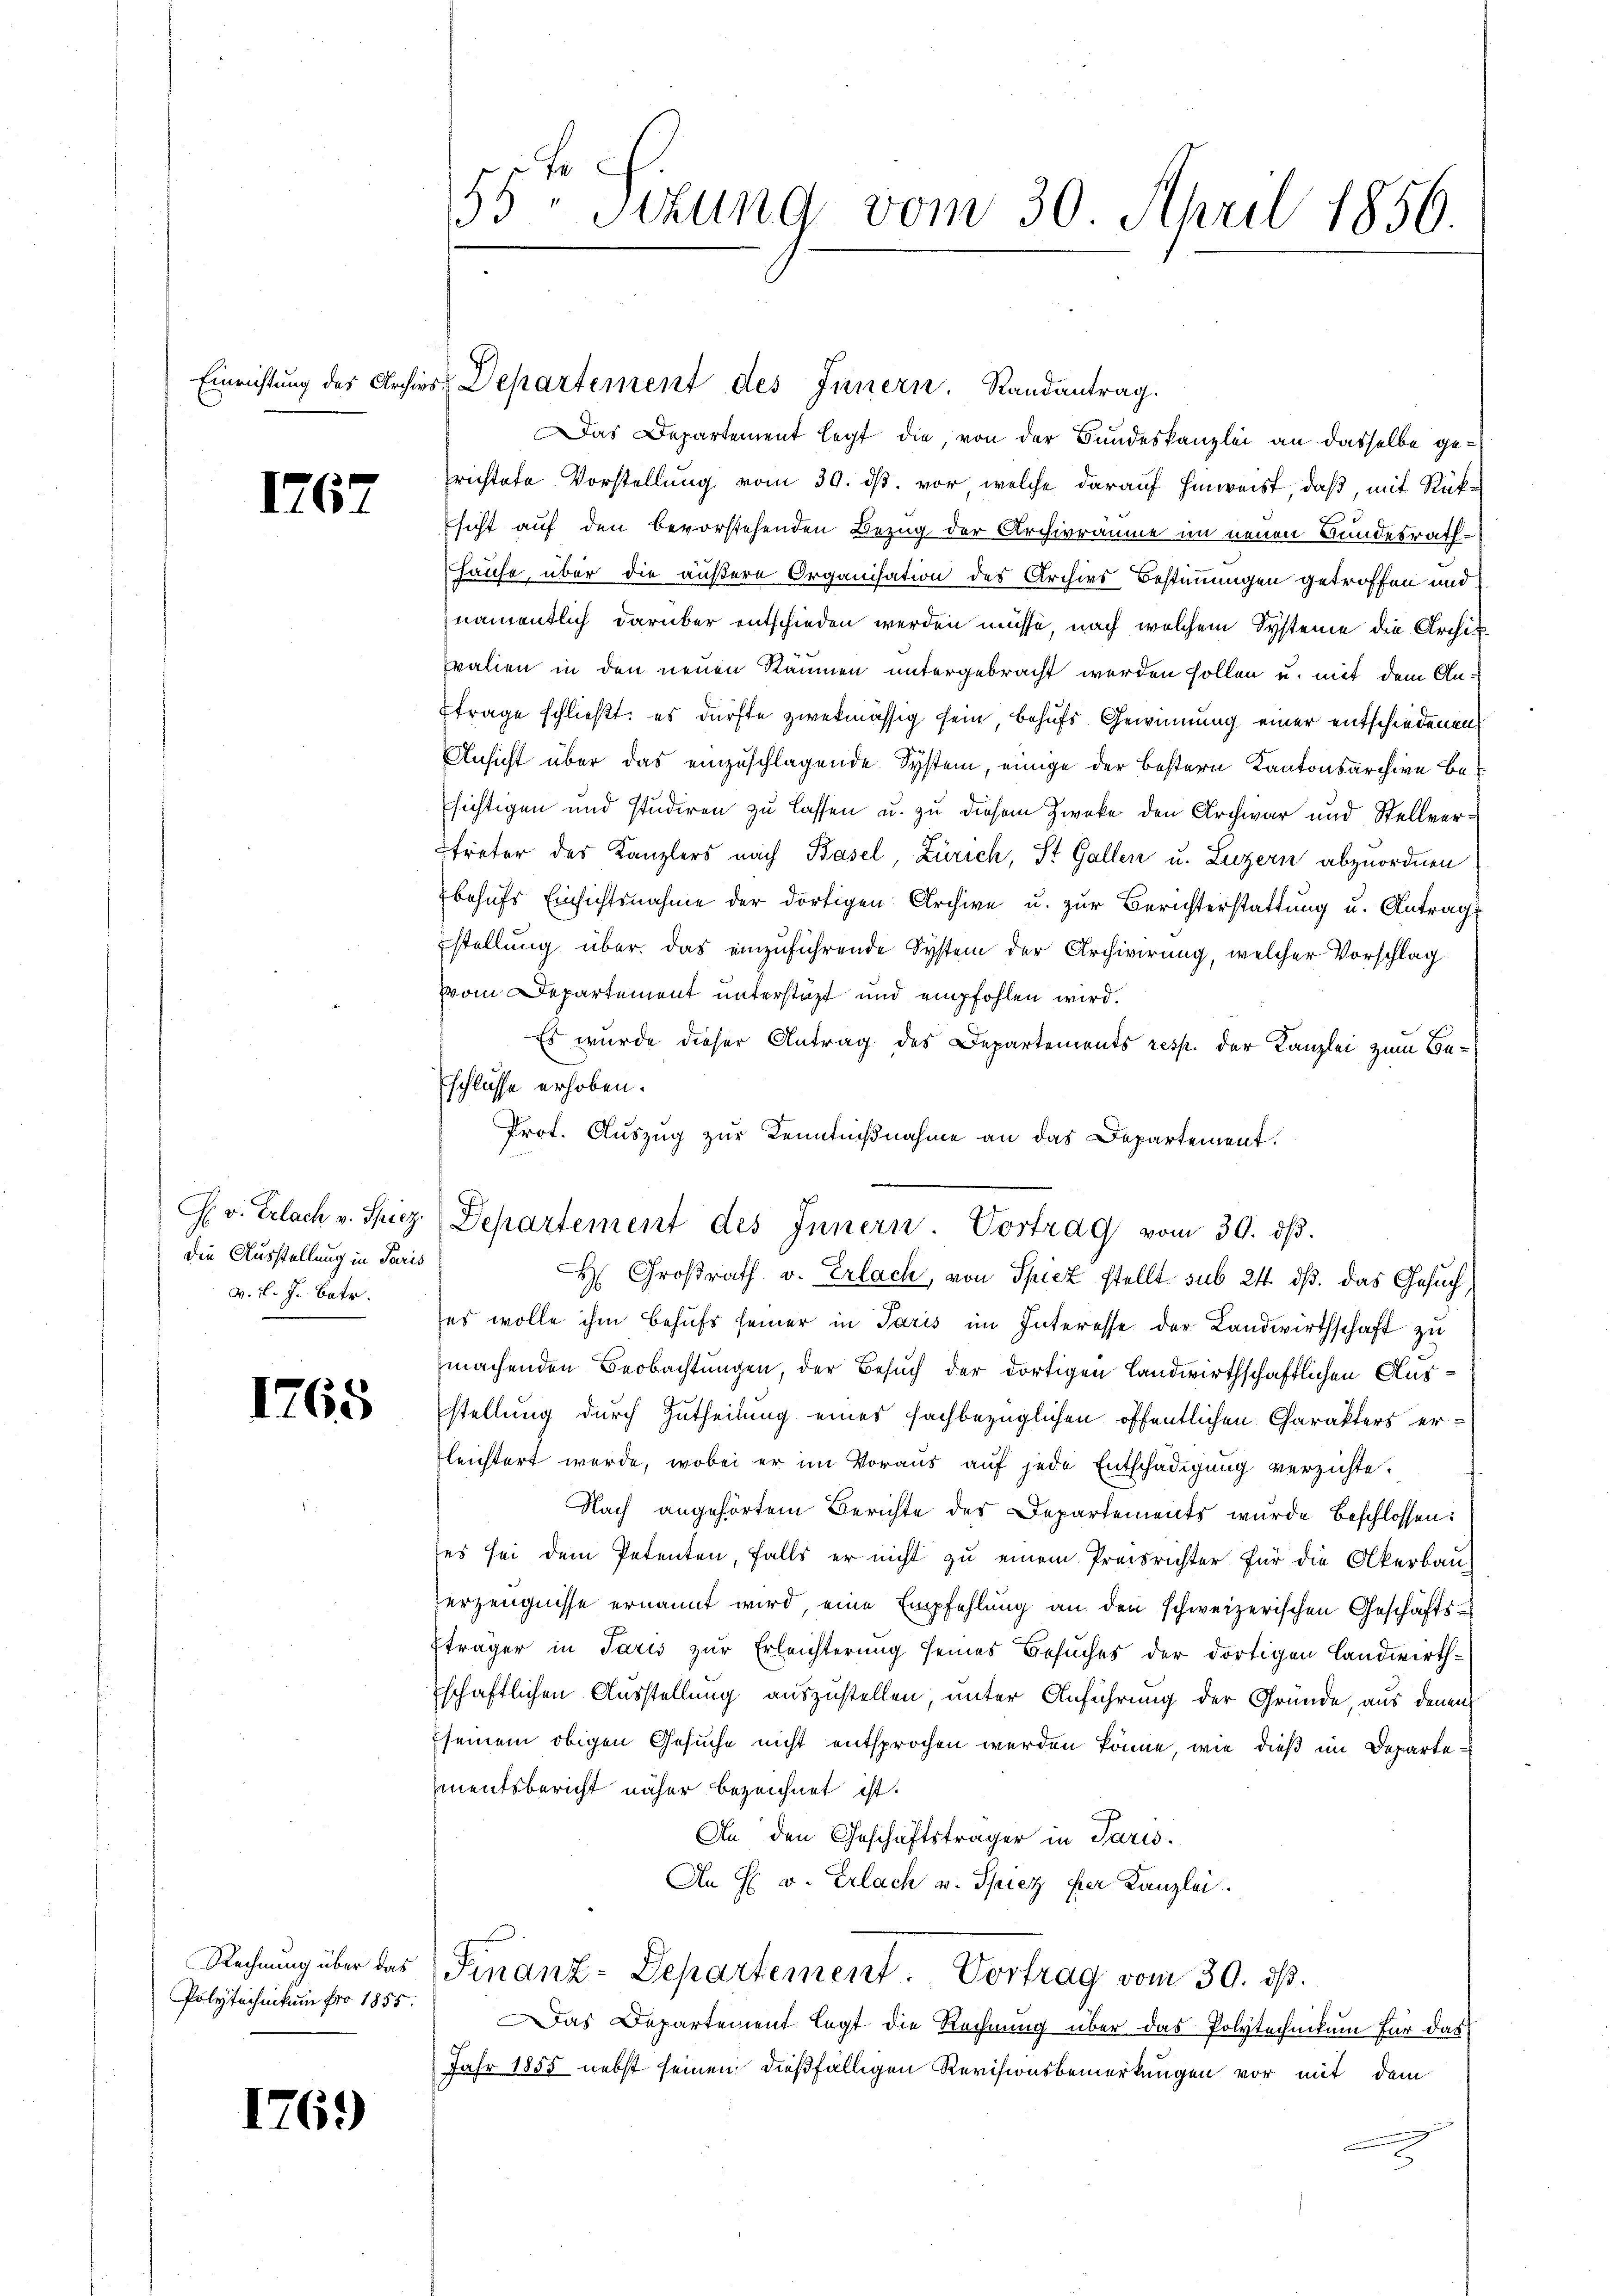
1767

F. v. Erlach v. Spiez.
die Ausstellung in Paris
M. v. J. betr.

1765

Rechnung über das
Polytechnikum pro 1855.

176.

55 Sizung vom 30. April 1856.

Einrichtung des Archivs Departement des Innern. Randantrag.

Das Departement legt die, von der Bundeskanzlei an dasselbe gerichtete Vorstellung vom 30. ds. vor welche darauf hinweist, daß, mit Rüksicht auf den bevorstehenden Bezug der Archivräume im neuen Bundesrath¬
Hause, über die äußere Organisation des Archivs Bestimmungen getroffen und
namentlich darüber entschieden werden müsse, nach welchem Systeme die Archikvalien in den neuen Räumen untergebracht werden sollen u. mit dem Anfrage schließt: es dürfte zwekmässig sein behufs Gewinnung einer entschiedenen
Ansicht über das einzuschlagende System, einige der bestern Kantonsarchive Besichtigen und studiren zu lassen u. zu diesem Zwecke den Archivar und Stellvertreter des Kanzlers nach Basel, Zürich, St. Gallen u. Luzern abzuordnen
behufs Einsichtsnahme der dortigen Archive u. zur Berichterstattung u. Antrag:
stellung über das einzuführende System der Archivirung, welcher Vorschlag
(vom Departement unterstatt und empfohlen wird.
Es wurde dieser Antrag des Departements resp. der Kanzlei zum Beschlüsse erhoben.
Prot. Auszug zur Kenntnißnahme an das Departement.
H. Großrath v. Erlach, von Spiez stellt sub 24. ds. das Gesuch
es wolle ihm behufs seiner in Paris im Interesse der Landwirthschaft zu
machenden Beobachtungen, der Besuch der dortigen Landwirthschaftlichen Ausstellung durch Zutheilung eines fachbezüglichen öffentlichen Charakters erleichtert werde, wobei er im Voraus auf jede Entschädigung verzichte.
Nach angehörtem Berichte des Departements wurde beschlossen:
ses sei dem Petenten, falls er nicht zu einem Preisrichter für die Akerbau-
erzeugnisse ernannt wird, eine Empfehlung an den schweizerischen Geschäftsträger in Paris zur Erleichterung seines Besuches der dortigen Landwirthschaftlichen Ausstellung auszustellen, unter Anführung der Gründe, aus denen
seinem obigen Gesuche nicht entsprochen werden könne, wie dieß im Departe:
mentsbericht näher bezeichnet ist.
An den Geschäftsträger in Paris.
An E. v. Erlach v. Spiez per Kanzlei.
Finanz-Departement. Vortrag vom 30. ds.
Das Departement legt die Rechnung über das Polytechnikum für das
Jahr 1855 nebst seinen dießfälligen Revisionsbemerkungen vor mit dem

Departement des Innern. Vortrag vom 30. ds.